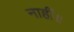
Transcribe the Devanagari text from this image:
नाहीं॥